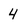
Character: 4